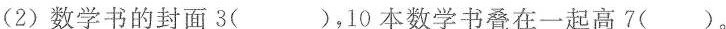
（2）数学书的封面3（ ），10本数学书叠在一起高7（ ）。